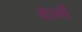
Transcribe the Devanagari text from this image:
बोज़्ली